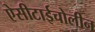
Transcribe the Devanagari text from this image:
ऐसीटाईचोलीन